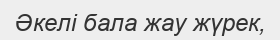
Әкелі бала жау жүрек,